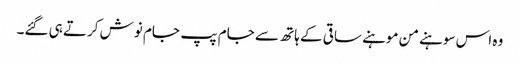
وہ اس سوہنے من موہنے ساقی کے ہاتھ سے جام پپ جام نوش کرتے ہی گئے۔